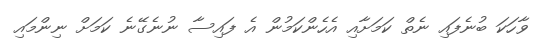
ވާހަކަ ބުނެފައި ނެތް ކަމަށާއި އެހެންކަމުން އެ ފައިސާ ނުނެގޭނެ ކަމަށް ނިންމައި